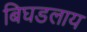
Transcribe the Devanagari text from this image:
बिघडलाय